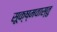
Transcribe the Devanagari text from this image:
सूक्ष्मवास्तु